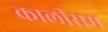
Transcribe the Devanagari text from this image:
कालीराम